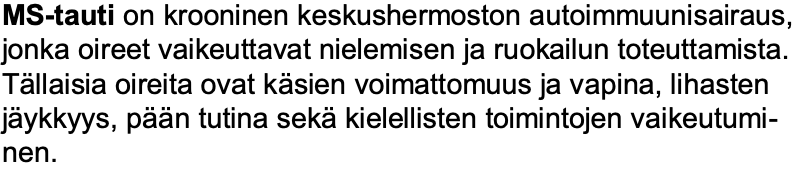
MS-taution krooninen keskushermoston autoimmuunisairaus, jonka oireet vaikeuttavat nielemisen ja ruokailun toteuttamista. Tällaisia oireita ovat käsien voimattomuus ja vapina, lihasten jäykkyys, pään tutina sekäkielellisten toimintojen vaikeutumi- nen.